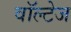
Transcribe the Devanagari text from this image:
वॉल्टेज